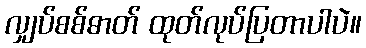
လျှပ်စစ်ဓာတ် ထုတ်လုပ်ပြတာပါပဲ။